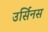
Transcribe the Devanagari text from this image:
उर्सिनस